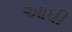
આધી